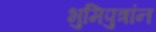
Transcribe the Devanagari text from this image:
भुमिपुत्रांन